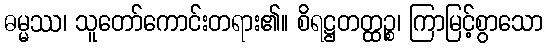
ဓမ္မဿ၊ သူတော်ကောင်းတရား၏။ စိရဋ္ဌတတ္ထဉ္စ၊ ကြာမြင့်စွာသော